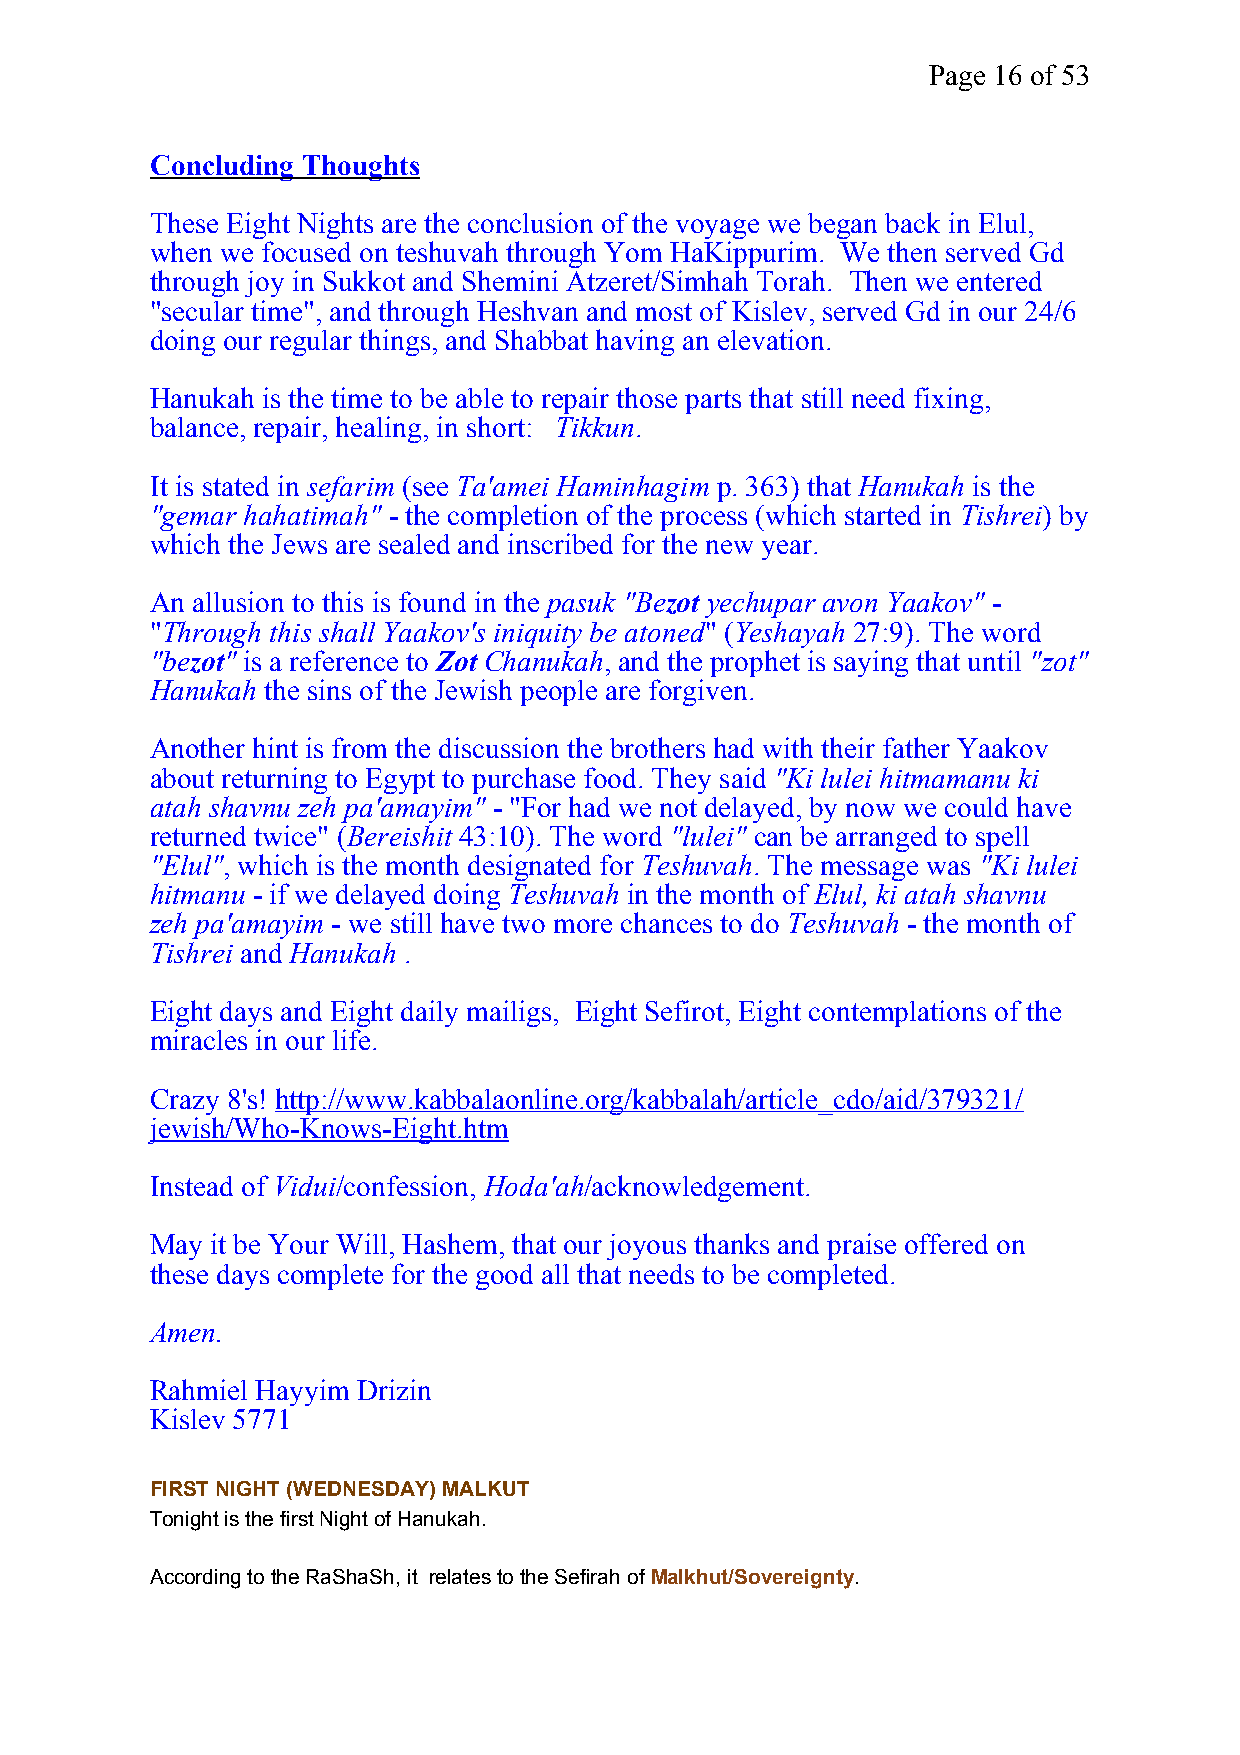
Page 16 of 53
 Concluding Thoughts
 These Eight Nights are the conclusion of the voyage we began back in Elul,
 when we focused on teshuvah through Yom HaKippurim. We then served Gd
 through joy in Sukkot and Shemini Atzeret/Simhah Torah. Then we entered
 "secular time", and through Heshvan and most of Kislev, served Gd in our 24/6
 doing our regular things, and Shabbat having an elevation.
 Hanukah is the time to be able to repair those parts that still need fixing,
 balance, repair, healing, in short: Tikkun.
 It is stated in sefarim (see Ta'amei Haminhagim p. 363) that Hanukah is the
 "gemar hahatimah" - the completion of the process (which started in Tishrei) by
 which the Jews are sealed and inscribed for the new year.
 An allusion to this is found in the pasuk "Bezot yechupar avon Yaakov" -
 "Through this shall Yaakov's iniquity be atoned" (Yeshayah 27:9). The word
 "bezot" is a reference to Zot Chanukah, and the prophet is saying that until "zot"
 Hanukah the sins of the Jewish people are forgiven.
 Another hint is from the discussion the brothers had with their father Yaakov
 about returning to Egypt to purchase food. They said "Ki lulei hitmamanu ki
 atah shavnu zeh pa'amayim" - "For had we not delayed, by now we could have
 returned twice" (Bereishit 43:10). The word "lulei" can be arranged to spell
 "Elul", which is the month designated for Teshuvah. The message was "Ki lulei
 hitmanu - if we delayed doing Teshuvah in the month of Elul, ki atah shavnu
 zeh pa'amayim - we still have two more chances to do Teshuvah - the month of
 Tishrei and Hanukah .
 Eight days and Eight daily mailigs, Eight Sefirot, Eight contemplations of the
 miracles in our life.
 Crazy 8's! http://www.kabbalaonline.org/kabbalah/article_cdo/aid/379321/
 jewish/Who-Knows-Eight.htm
 Instead of Vidui/confession, Hoda'ah/acknowledgement.
 May it be Your Will, Hashem, that our joyous thanks and praise offered on
 these days complete for the good all that needs to be completed.
 Amen.
 Rahmiel Hayyim Drizin
 Kislev 5771
 FIRST NIGHT (WEDNESDAY) MALKUT
 Tonight is the first Night of Hanukah.
 According to the RaShaSh, it relates to the Sefirah ofMalkhut/Sovereignty.